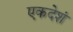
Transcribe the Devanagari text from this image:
एकदेशं